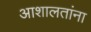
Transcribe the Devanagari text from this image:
आशालतांना